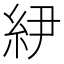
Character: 𰫝